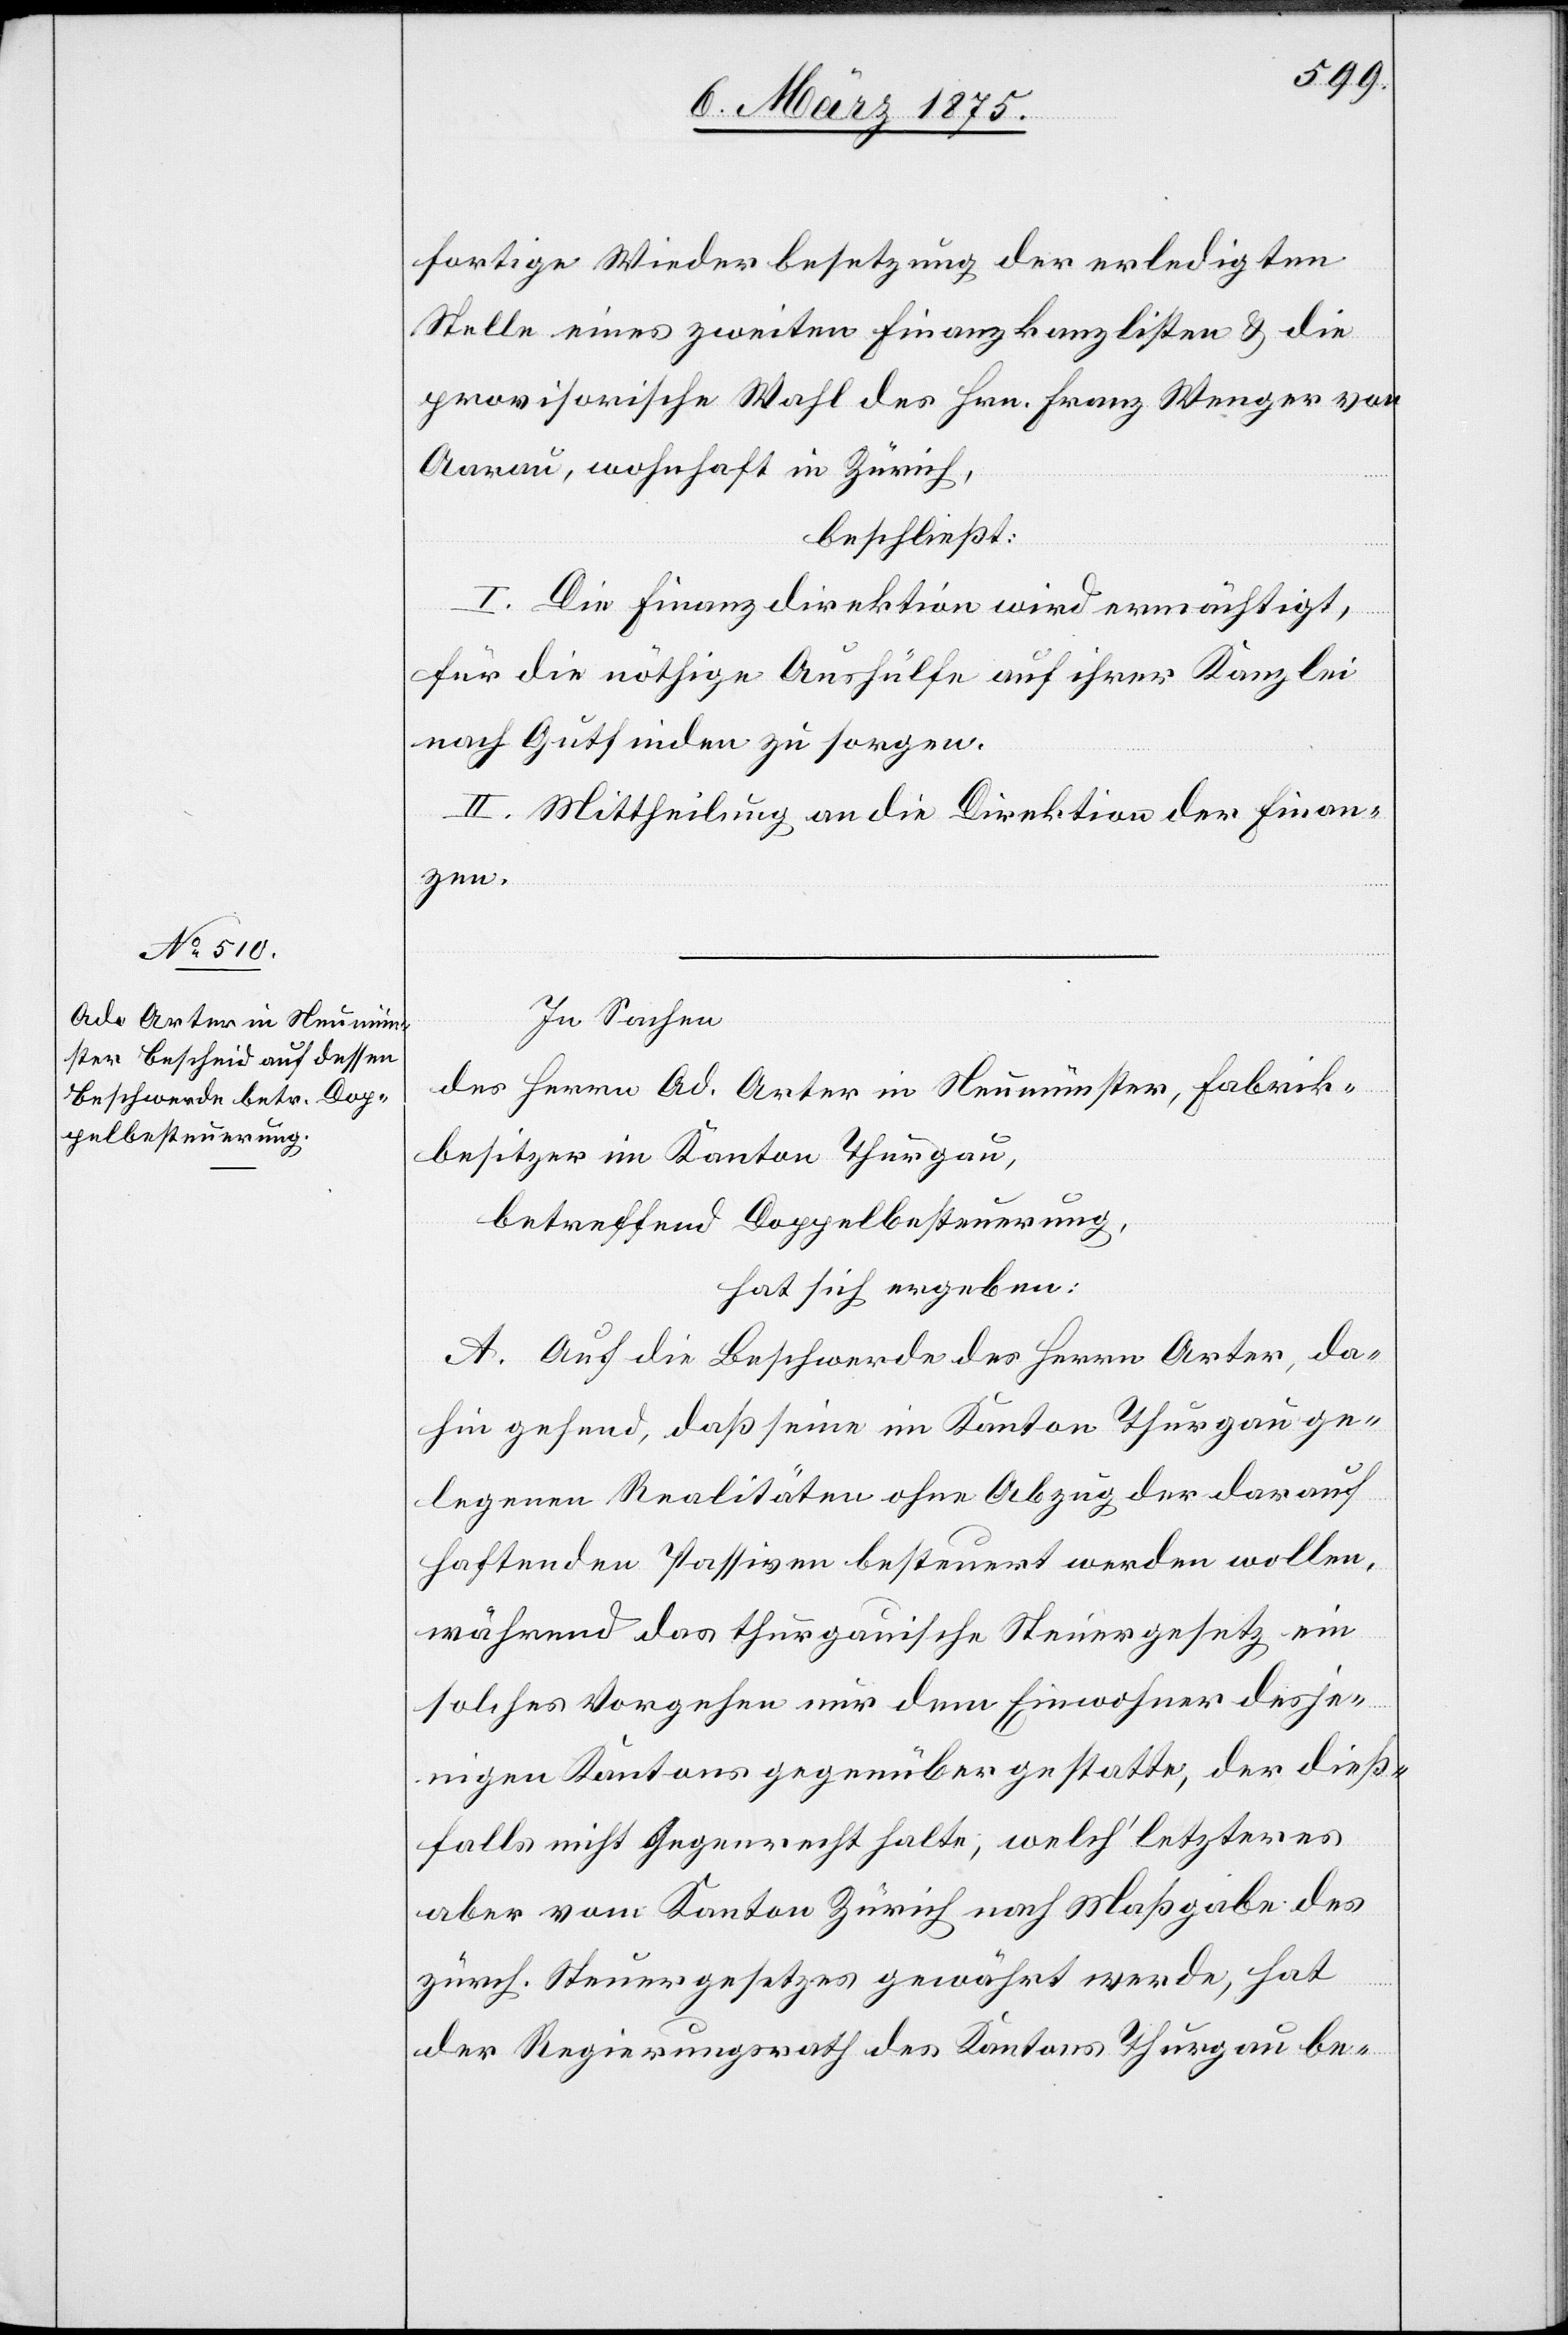
dieß¬
fortige Wiederbesetzung der erledigten
Stelle eines zweiten Finanzkanzlisten & die
provisorische Wahl des Hrn. Franz Wenger von
Aarau, wohnhaft in Zürich,
beschließt:
I. Die Finanzdirektion wird ermächtigt,
für die nöthige Aushülfe auf ihrer Kanzlei
nach Gutfinden zu sorgen.
II. Mittheilung an die Direktion der Finan¬
igen
In Sachen
des Herrn Ad. Arter in Neumünster, Fabrik¬
besitzer im Kanton Thurgau,
betreffend Doppelbesteuerung,
hat sich ergeben:
A. Auf die Beschwerde des Herrn Arter, da¬
hin gehend, daß seine im Kanton Thurgau ge¬
legene Realitäten ohne Abzug der darauf
haftenden Passiven besteuert werden wollen,
während das thurgauische Steuergesetz ein
solches Vorgehen nur dem Einwohner desjen¬
falls nicht Gegenrecht halte, welch‘ letzteres
aber vom Kanton Zürich nach Maßgabe des
zürch. Steuergesetzes gewährt werde, hat
der Regierungsrath des Kantons Thurgau be-